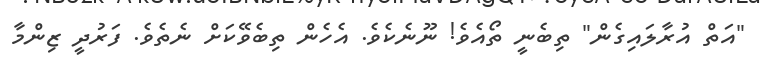
"އަތް އުރާލައިގެން" ތިބެނީ ތޯއެވެ! ނޫނެކެވެ. އެހެން ތިބެވޭކަށް ނެތެވެ. ފަރުދީ ޒިންމާ